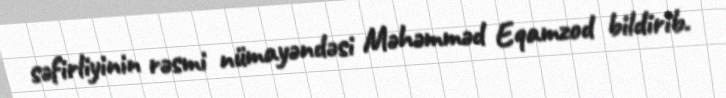
səfirliyinin rəsmi nümayəndəsi Məhəmməd Eqamzod bildirib.